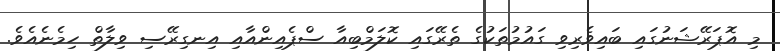
މި އޮޕަރޭޝަނުގައި ބައިވެރިވި ގައުމުތަކުގެ ތެރޭގައި ކޮލަމްބިއާ ސްޕެއިންއާއި އިނގިރޭސި ވިލާތް ހިމެނެއެވެ.